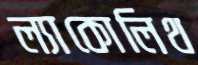
ল্যাকোলিথ